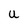
Character: U